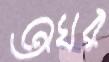
অঘর